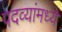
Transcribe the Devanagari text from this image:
पदव्यांमध्ये